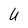
Character: U